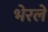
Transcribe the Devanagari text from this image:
भेरले